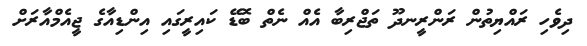
ދިވެހި ރައްޔިތުން ރަންރީނދޫ ތަޖްރިބާ އެއް ނެތް ބޮޑޭ ކައިރީގައި އިންޑިއާގެ ޖީއެމްއާރަށް